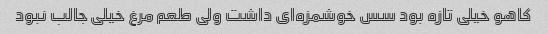
کاهو خیلی تازه بود سس خوشمزه‌ای داشت ولی طعم مرغ خیلی جالب نبود